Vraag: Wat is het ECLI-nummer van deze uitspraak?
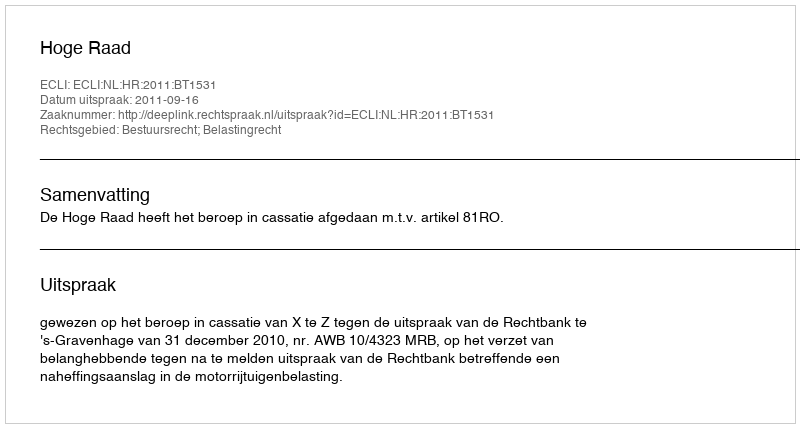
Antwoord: ECLI:NL:HR:2011:BT1531